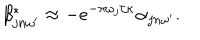
\beta _ { j n \omega ^ { \prime } } ^ { * } \approx - e ^ { - \pi \omega _ { j } / \kappa } \alpha _ { j n \omega ^ { \prime } } .